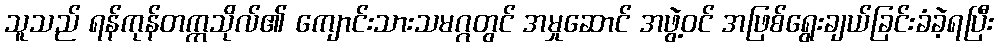
သူသည် ရန်ကုန်တက္ကသိုလ်၏ ကျောင်းသားသမဂ္ဂတွင် အမှုဆောင် အဖွဲ့ဝင် အဖြစ်ရွေးချယ်ခြင်းခံခဲ့ရပြီး